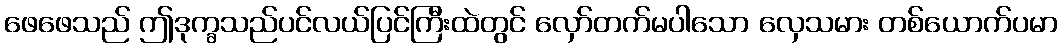
ဖေဖေသည် ဤဒုက္ခသည်ပင်လယ်ပြင်ကြီးထဲတွင် လှော်တက်မပါသော လှေသမား တစ်ယောက်ပမာ